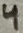
Text: 4